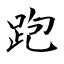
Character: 跑